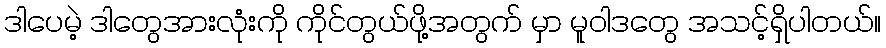
ဒါပေမဲ့ ဒါတွေအားလုံးကို ကိုင်တွယ်ဖို့အတွက် မှာ မူဝါဒတွေ အသင့်ရှိပါတယ်။